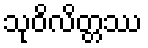
သုဝိလိတ္တဿ